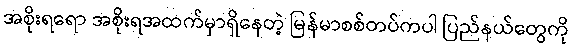
အစိုးရရော အစိုးရအထက်မှာရှိနေတဲ့ မြန်မာစစ်တပ်ကပါ ပြည်နယ်တွေကို